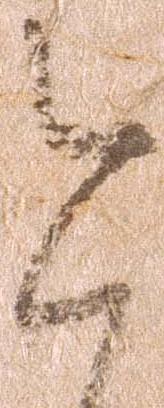
今